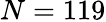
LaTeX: N=119